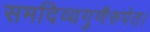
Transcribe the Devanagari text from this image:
समदिव्यगुणैरुपेत।